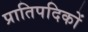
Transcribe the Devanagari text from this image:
प्रातिपदिकों